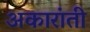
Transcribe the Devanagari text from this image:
अकारांती